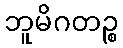
ဘူမိဂတဉ္စ